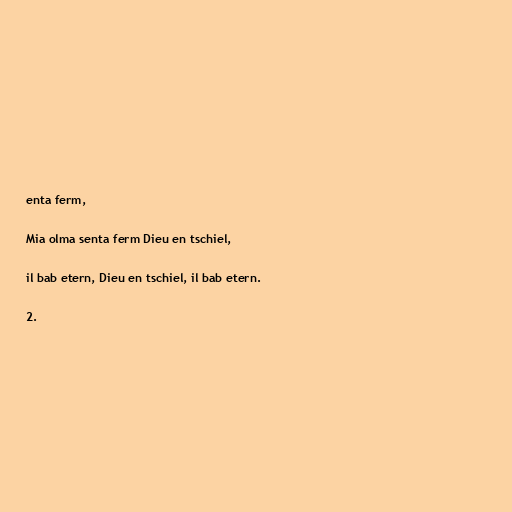
enta ferm,

Mia olma senta ferm Dieu en tschiel,

il bab etern, Dieu en tschiel, il bab etern.

2.